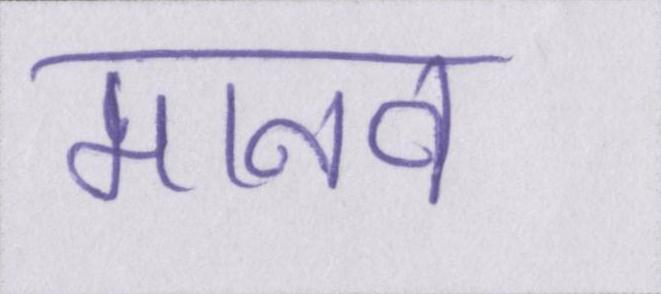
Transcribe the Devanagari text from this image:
मानव